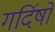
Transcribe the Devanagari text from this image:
गर्दिषों